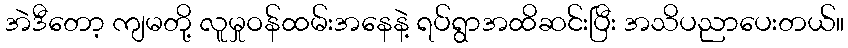
အဲဒီတော့ ကျမတို့ လူမှုဝန်ထမ်းအနေနဲ့ ရပ်ရွာအထိဆင်းပြီး အသိပညာပေးတယ်။